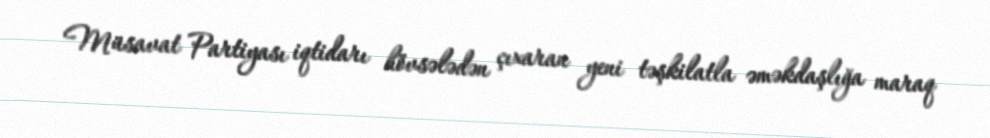
Müsavat Partiyası iqtidarı hövsələdən çıxaran yeni təşkilatla əməkdaşlığa maraq